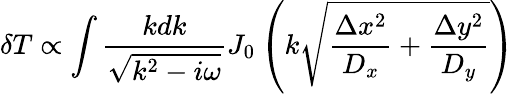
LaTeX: \delta T\propto\int\frac{kdk}{\sqrt{k^{2}-i\omega}}J_{0}\left(k\sqrt{\frac{\Delta x^{2}}{D_{x}}+\frac{\Delta y^{2}}{D_{y}}}\right)